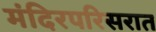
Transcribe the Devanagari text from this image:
मंदिरपरिसरात